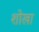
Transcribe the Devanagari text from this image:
शोखा